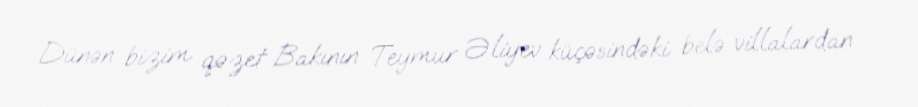
Dünən bizim qəzet Bakının Teymur Əliyev küçəsindəki belə villalardan